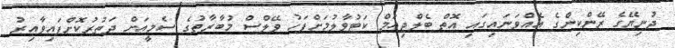
ދުނިޔޭގެ ރޭންކިންގެ އެއްވަނައިގައި އޮތް ބެލްޖިއަމް ކަޓުވާލުމަށްފަހު ވޭލްސް މުބާރާތުގެ ސެމީއަށް ދަތުރުކޮށްފައިވާއިރު